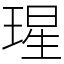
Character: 瑆